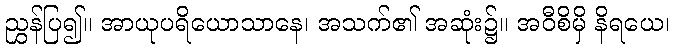
ညွှန်ပြ၍။ အာယုပရိယောသာနေ၊ အသက်၏ အဆုံး၌။ အဝီစိမှိ နိရယေ၊